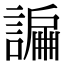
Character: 𧫲